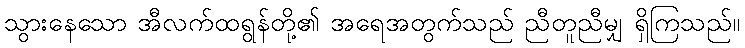
သွားနေသော အီလက်ထရွန်တို့၏ အရေအတွက်သည် ညီတူညီမျှ ရှိကြသည်။